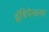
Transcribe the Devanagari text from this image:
इंडिपेन्डन्स